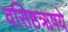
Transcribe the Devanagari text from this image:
वसिष्ठऋषये